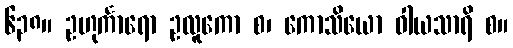
၆၃၈။ ဥဟုင်္ကာရော ဥလူကော စ၊ ကောသိယော ဝါယသာရိ စ။